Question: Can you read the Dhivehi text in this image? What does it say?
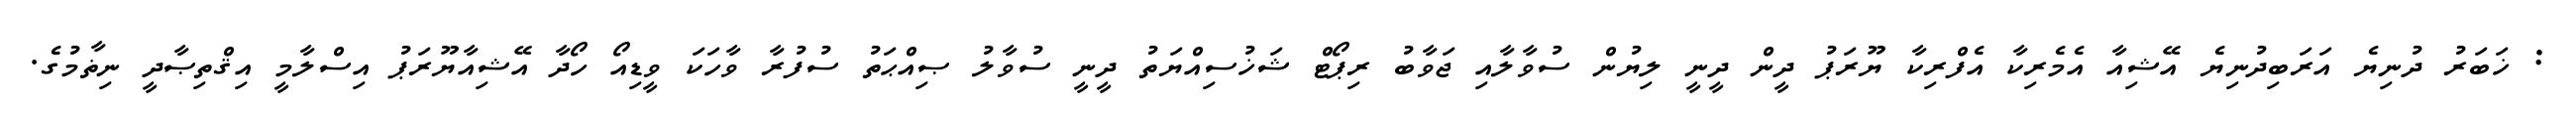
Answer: : ޚަބަރު ދުނިޔެ އަރަބިދުނިޔެ އޭޝިއާ އެމެރިކާ އެފްރިކާ ޔޫރަޕު ދީން ދީނީ ލިޔުން ސުވާލާއި ޖަވާބު ރިޕޯޓް ޝަޚުސިއްޔަތު ދީނީ ސުވާލު ޞިއްޙަތު ސުފުރާ ވާހަކަ ވީޑިއޯ ހޯދާ އޭޝިއާޔޫރަޕު އިސްލާމީ އިޤްތިޞާދީ ނިޡާމުގެ.